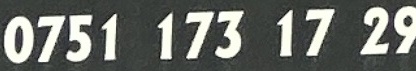
0751 173 17 29